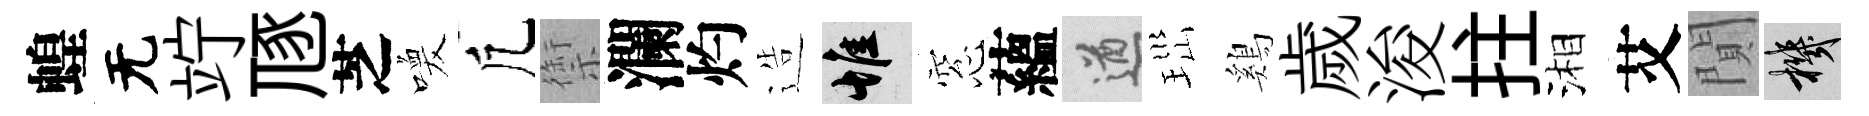
蝗无竚豗芝喚凢禦瀾灼造惟窓蘊遒𤤼鷄歲浚拄湘艾閴機